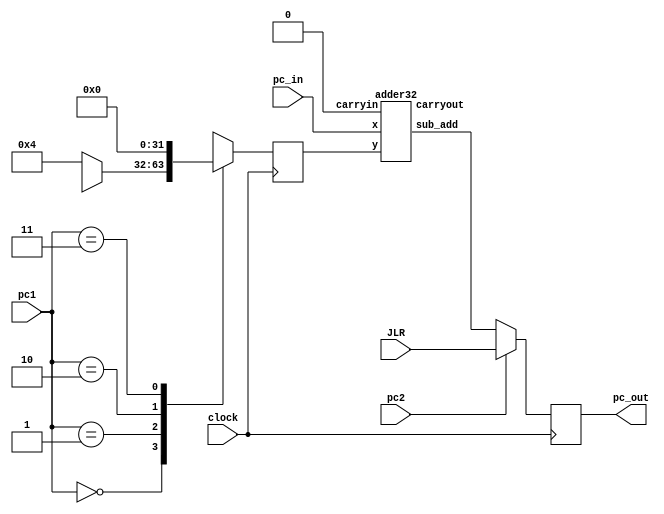
`timescale 1ns / 1ps
//////////////////////////////////////////////////////////////////////////////////
// Company: 
// Engineer: 
// 
// Design Name: 
// Module Name: pc_generation
// Project Name: 
// Target Devices: 
// Tool Versions: 
// Description: 
// 
// Dependencies: 
// 
// Revision:
// Revision 0.01 - File Created
// Additional Comments:
// 
//////////////////////////////////////////////////////////////////////////////////

module pc_generation(pc_in,pc_out,pc1,pc2,JLR,clock);

input [31:0]JLR,pc_in;
//input [31:0]pc_in;
input [1:0]pc1;
input pc2;
output reg [31:0]pc_out;
wire [31:0]imm_b,imm_j;

input clock;
wire comp;
wire [31:0]JLR;
wire [31:0] pc_B;
reg [31:0]pc_A;

always@(posedge clock)
begin

case(pc1)

2'd0:
pc_A = 32'd4;

2'd1:  
pc_A = imm_j;

2'd2: 
if(comp)
pc_A = imm_b;
else
pc_A = 32'd4;

2'd3: 
pc_A = 32'h0;

default : pc_A = 32'hz;
endcase

end

adder32 X1(1'b0,pc_in,pc_A,pc_B,carryout); 


always @(posedge clock)
begin
pc_out = pc2 ? JLR:pc_B ;

end

endmodule


module adder32(carryin,x,y,sub_add,carryout);

parameter n = 32;

output [n-1:0]sub_add;
output carryout;
input [n-1:0]x,y;
input carryin;
 
 wire [n-1:0]temp_sub_add;

 wire [n:0]w;
 genvar i;
 assign w[0] = carryin;
 generate
 for (i=0; i<n; i=i+1 )
 
 begin: nbit_adder
full_adder1 fa(w[i],x[i],y[i],temp_sub_add[i],w[i+1]);
end
endgenerate
assign carryout = w[n];
assign sub_add = {carryout,temp_sub_add};

endmodule


module full_adder1 (cin,a,b,sum,cout);

output sum,cout;
input a,b,cin;

assign sum = a^b^cin;
assign cout = (a&b)|(b&cin)|(a&cin);

endmodule